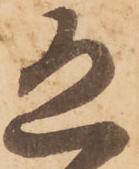
恐